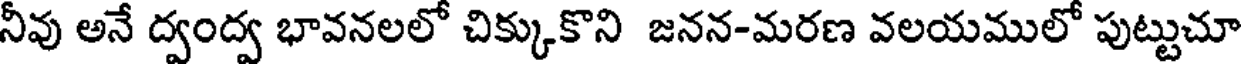
నీవు అనే ద్వంద్వ భావనలలో చిక్కుకొని జనన-మరణ వలయములో పుట్టుచూ